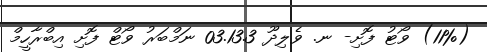
(11%) ވޯޓު ފޮށި- ނ. ވެލިދޫ 03.13.3 ނަމްބަރު ވޯޓް ފޮށި އިބްރާހީމް